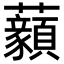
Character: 𧅙